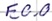
Text: E0.0